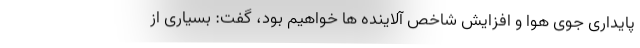
پایداری جوی هوا و افزایش شاخص آلاینده ها خواهیم بود، گفت: بسیاری از